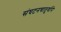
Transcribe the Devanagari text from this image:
संघटनचातुर्याने